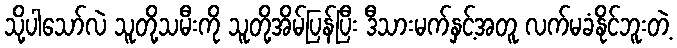
သို့ပါသော်လဲ သူတို့သမီးကို သူတို့အိမ်ပြန်ပြီး ဒီသားမက်နှင့်အတူ လက်မခံနိုင်ဘူးတဲ့